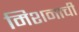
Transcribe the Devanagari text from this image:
मिशनाची